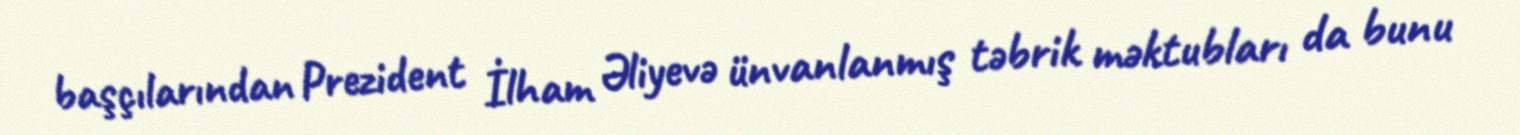
başçılarından Prezident İlham Əliyevə ünvanlanmış təbrik məktubları da bunu